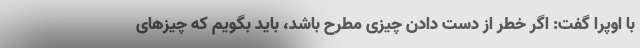
با اوپرا گفت: اگر خطر از دست دادن چیزی مطرح باشد، باید بگویم که چیزهای